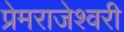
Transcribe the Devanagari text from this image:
प्रेमराजेश्वरी